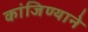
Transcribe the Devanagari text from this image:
कांजिण्याने